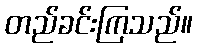
တည်ခင်းကြသည်။